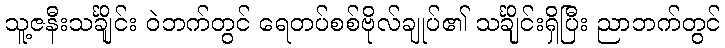
သူ့ဇနီးသင်္ချိုင်း ဝဲဘက်တွင် ရေတပ်စစ်ဗိုလ်ချုပ်၏ သင်္ချိုင်းရှိပြီး ညာဘက်တွင်